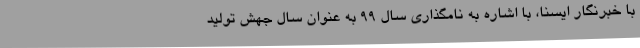
با خبرنگار ایسنا، با اشاره به نامگذاری سال 99 به عنوان سال جهش تولید